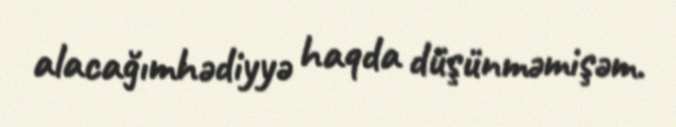
alacağımhədiyyə haqda düşünməmişəm.